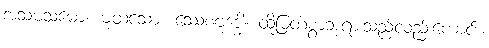
အသမသမော။ မုထသော။ ေဿစဗုဒ္ဓေါ။ ထိုမြတ်စွာဘုရားသည်လည်းကောင်း။